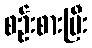
စဉ်းစားပြီး